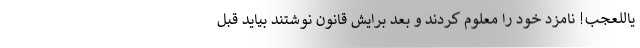
یاللعجب! نامزد خود را معلوم کردند و بعد برایش قانون نوشتند بیاید قبل